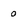
Character: 0